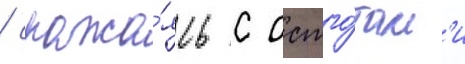
/ сража́ясь с остго́там'и